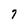
Character: 7